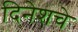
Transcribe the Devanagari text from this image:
दिनेशचे